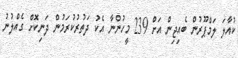
ކުއާލަ ލަމްޕޫރުން ބެއިޖިން އަށް 239 މީހުންނާ އެކު ދަތުރުކުރަމުން ދަނިކޮށް ގެއްލުނު